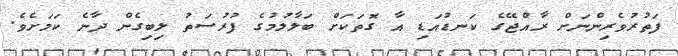
ފަތުރުވެރިންނަށް ރާއްޖޭގެ ކަނޑުއަޑި އާ ގޮތަކަށް ބަލާލުމުގެ ފުރުސަތު ލިބިގެން ދާނެ ކަމަށެވެ.